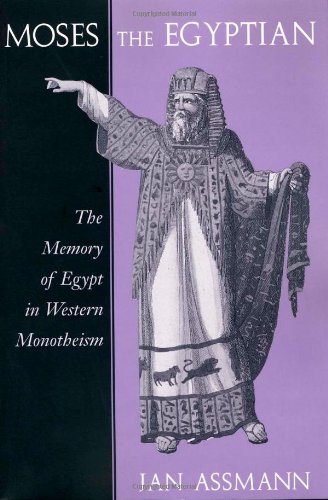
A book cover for Moses the Egyptian: The Memory of Egypt in Western Monotheism; Jan Assmann; History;